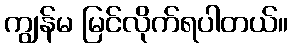
ကျွန်မ မြင်လိုက်ရပါတယ်။